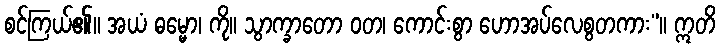
စင်ကြယ်၏။ အယံ ဓမ္မော၊ ကို။ သွာက္ခာတော ဝတ၊ ကောင်းစွာ ဟောအပ်လေစွတကား”။ ဣတိ